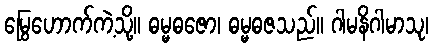
မြွေဟောက်ကဲ့သို့။ ဓမ္မဓဇော၊ ဓမ္မဓဇသည်။ ဂါမနိဂါမာသု၊